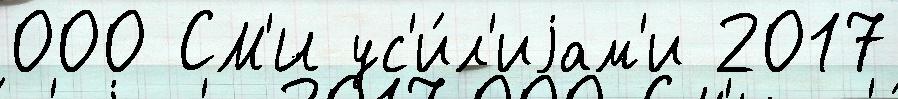
000 СМ'И ус'и́л'иjам'и 2017